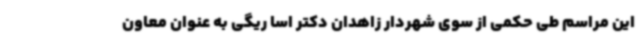
این مراسم طی حکمی از سوی شهردار زاهدان دکتر اسا ریگی به عنوان معاون